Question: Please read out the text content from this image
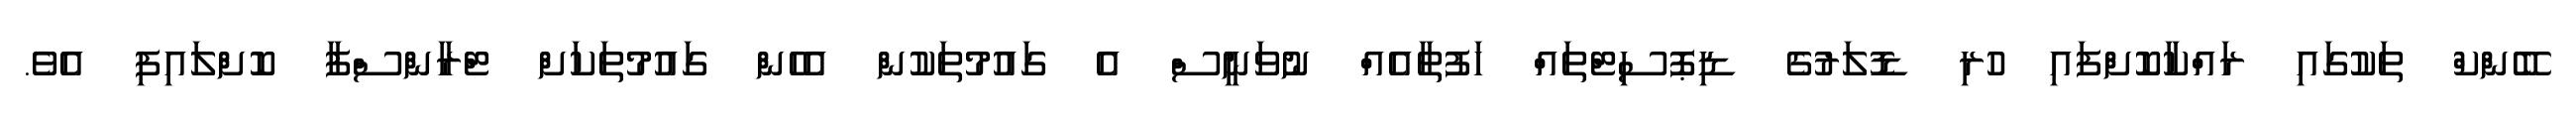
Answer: ބޭންކް ތަކުގައި ރައްކާކޮށްފައި ހުރި ޑޮލަރުގެ ޑިޕޮސިޓްތައް ހަފުތާއެއް ނުވަނީސް އެ ގައުމުތަކުން އެހެން ގައުމުތަކަށް ޓްރާންސްފާ ކޮށްލައިފި އެވެ.